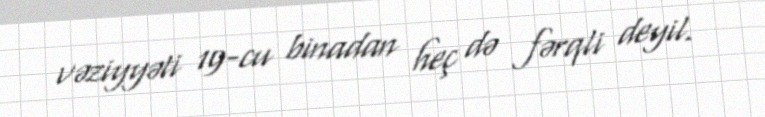
vəziyyəti 19-cu binadan heç də fərqli deyil.